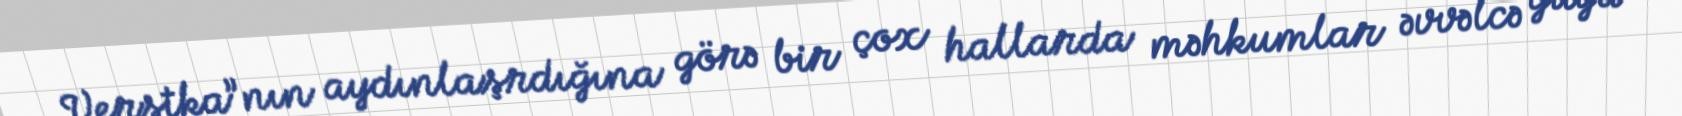
Verstka”nın aydınlaşrdığına görə bir çox hallarda məhkumlar əvvəlcə guya